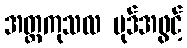
အတ္ထကုသလ ပုဒ်အဖွင့်